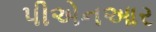
પીએનઆર